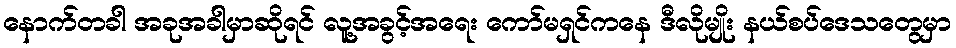
နောက်တခါ အခုအခါမှာဆိုရင် လူ့အခွင့်အရေး ကော်မရှင်ကနေ ဒီလိုမျိုး နယ်စပ်ဒေသတွေမှာ